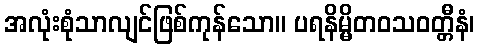
အလုံးစုံသာလျင်ဖြစ်ကုန်သော။ ပရနိမ္မိတဝသဝတ္တီနံ၊